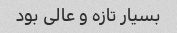
بسیار تازه و عالی بود